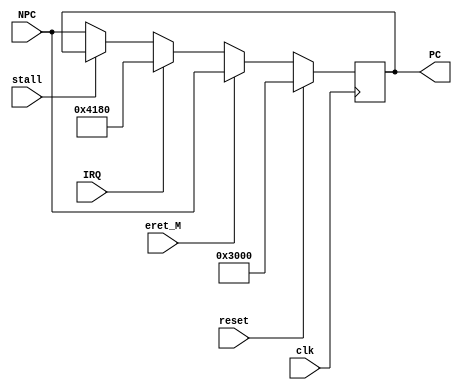
`timescale 1ns / 1ps

module PC(clk,reset,stall,IRQ,eret_M,NPC,PC);
//interface
	input clk;
	input reset;
	input stall;
	input IRQ;
	input eret_M;
	
	input [31:0] NPC;
	
	output reg [31:0] PC;

//initial address
	parameter init_addr=32'h0000_3000,
			  exc_handler_addr=32'h0000_4180;

	/*
	initial
		begin
			PC=init_addr;
		end
	*/
		
	always @(posedge clk)
		begin
			if(reset)PC<=init_addr;
			else if(eret_M)PC<=NPC;
			else if(IRQ)PC<=exc_handler_addr;
			else if(stall)PC<=PC;
			else PC<=NPC;
		end
	
endmodule